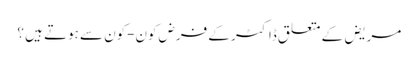
مریض کے متعلق ڈاکٹر کے فرض کون-کون سے ہوتے ہیں ؟